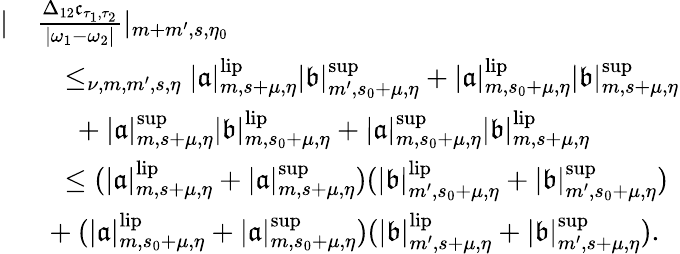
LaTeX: \begin{array}{rl}{|}&{\frac{\Delta_{12}\mathfrak{c}_{\tau_{1},\tau_{2}}}{|\omega_{1}-\omega_{2}|}|_{m+m^{\prime},s,\eta_{0}}}\\ &{\quad\le_{\nu,m,m^{\prime},s,\eta}|\mathfrak{a}|_{m,s+\mu,\eta}^{\mathrm{lip}}|\mathfrak{b}|_{m^{\prime},s_{0}+\mu,\eta}^{\operatorname*{sup}}+|\mathfrak{a}|_{m,s_{0}+\mu,\eta}^{\mathrm{lip}}|\mathfrak{b}|_{m,s+\mu,\eta}^{\operatorname*{sup}}}\\ &{\quad\ +|\mathfrak{a}|_{m,s+\mu,\eta}^{\operatorname*{sup}}|\mathfrak{b}|_{m,s_{0}+\mu,\eta}^{\mathrm{lip}}+|\mathfrak{a}|_{m,s_{0}+\mu,\eta}^{\operatorname*{sup}}|\mathfrak{b}|_{m,s+\mu,\eta}^{\mathrm{lip}}}\\ &{\quad\le(|\mathfrak{a}|_{m,s+\mu,\eta}^{\mathrm{lip}}+|\mathfrak{a}|_{m,s+\mu,\eta}^{\operatorname*{sup}})(|\mathfrak{b}|_{m^{\prime},s_{0}+\mu,\eta}^{\mathrm{lip}}+|\mathfrak{b}|_{m^{\prime},s_{0}+\mu,\eta}^{\operatorname*{sup}})}\\ &{\ +(|\mathfrak{a}|_{m,s_{0}+\mu,\eta}^{\mathrm{lip}}+|\mathfrak{a}|_{m,s_{0}+\mu,\eta}^{\operatorname*{sup}})(|\mathfrak{b}|_{m^{\prime},s+\mu,\eta}^{\mathrm{lip}}+|\mathfrak{b}|_{m^{\prime},s+\mu,\eta}^{\operatorname*{sup}}).}\end{array}